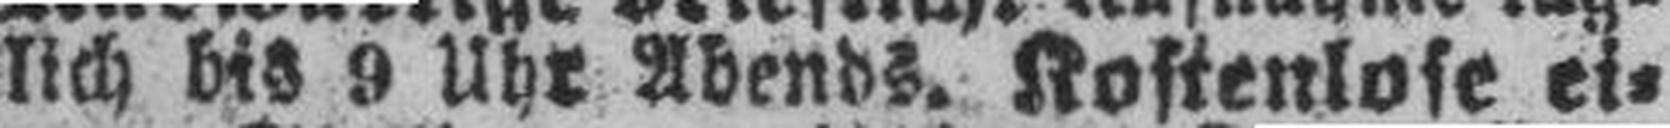
lich bis 9 Uhr Abends. Kostenlose ei¬